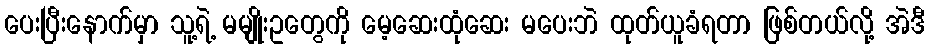
ပေးပြီးနောက်မှာ သူ့ရဲ့ မမျိုးဥတွေကို မေ့ဆေးထုံဆေး မပေးဘဲ ထုတ်ယူခံရတာ ဖြစ်တယ်လို့ အဲဒီ